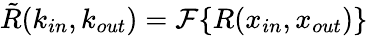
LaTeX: \tilde{R}(k_{in},k_{out})=\mathcal{F}\{ R(x_{in},x_{out})\}